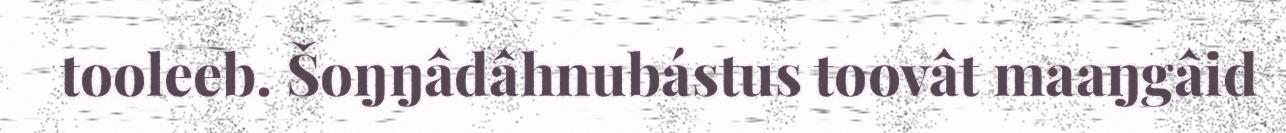
tooleeb. Šoŋŋâdâhnubástus toovât maaŋgâid